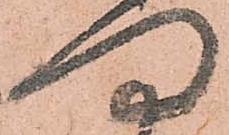
門